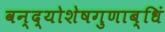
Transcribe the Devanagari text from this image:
वन्द्योशेषगुणाब्धिं